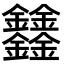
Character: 𨰻